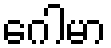
ဂေါမာ